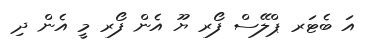
އަ ބެޓަރ ޕްލޭސް ފޯރ ޔޫ އެން ފޯރ މީ އެން ދި